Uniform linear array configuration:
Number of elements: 32
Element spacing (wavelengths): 0.25
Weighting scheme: hamming
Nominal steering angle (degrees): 0
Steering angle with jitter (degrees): -0.3183
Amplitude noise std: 0.05
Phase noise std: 0.05

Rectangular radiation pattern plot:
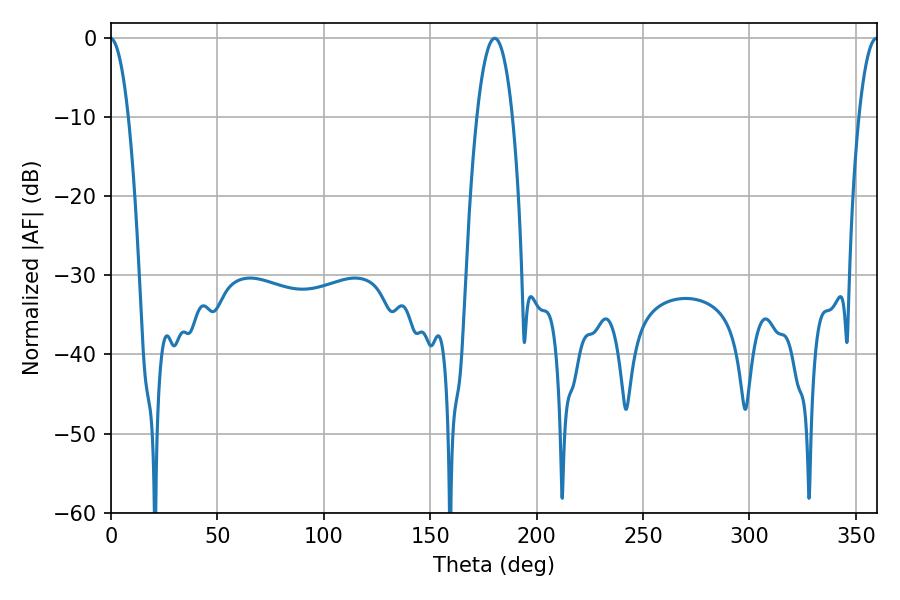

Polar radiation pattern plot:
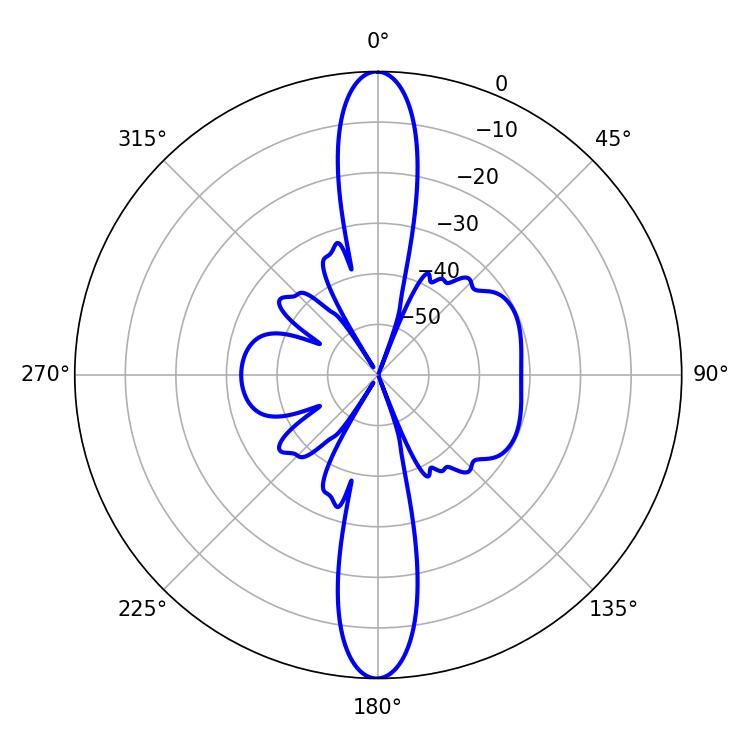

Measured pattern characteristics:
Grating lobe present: FALSE
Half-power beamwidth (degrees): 9.18
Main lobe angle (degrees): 180.36